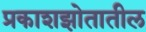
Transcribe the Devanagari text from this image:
प्रकाशझोतातील